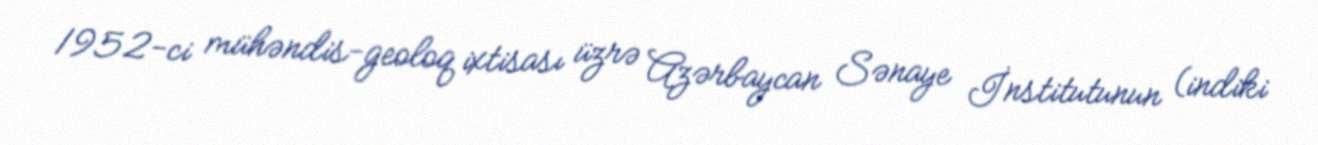
1952-ci mühəndis-geoloq ixtisası üzrə Azərbaycan Sənaye İnstitutunun (indiki